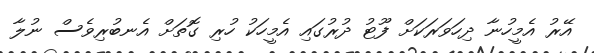
އޭރު އެމީހުނާ ދިހަވަރަކަށް ފޫޓު ދުރުގައި އެމީހަކު ހުރި ގޮތަށް އެނބުރިވެސް ނުލާ